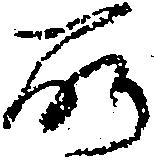
所